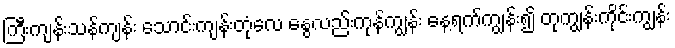
ကြီးကျန်းသန်ကျန်း သောင်းကျန်းတုံလေ နွေလည်းကုန်ကျွန်း နေ့ရက်ကျွန်း၍ တုကျွန်းကိုင်းကျွန်း